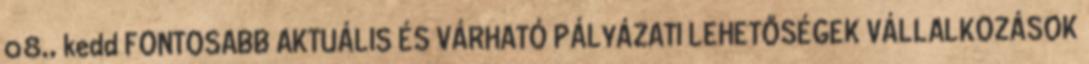
08., kedd FONTOSABB AKTUÁLIS ÉS VÁRHATÓ PÁLYÁZATI LEHETŐSÉGEK VÁLLALKOZÁSOK